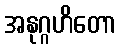
အနုဂ္ဂဟိတော